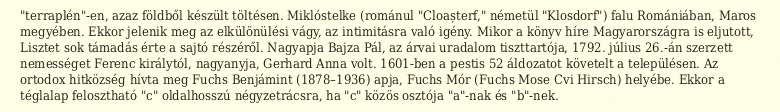
"terraplén"-en, azaz földből készült töltésen. Miklóstelke (románul "Cloașterf," németül "Klosdorf") falu Romániában, Maros megyében. Ekkor jelenik meg az elkülönülési vágy, az intimitásra való igény. Mikor a könyv híre Magyarországra is eljutott, Lisztet sok támadás érte a sajtó részéről. Nagyapja Bajza Pál, az árvai uradalom tiszttartója, 1792. július 26.-án szerzett nemességet Ferenc királytól, nagyanyja, Gerhard Anna volt. 1601-ben a pestis 52 áldozatot követelt a településen. Az ortodox hitközség hívta meg Fuchs Benjámint (1878–1936) apja, Fuchs Mór (Fuchs Mose Cvi Hirsch) helyébe. Ekkor a téglalap felosztható "c" oldalhosszú négyzetrácsra, ha "c" közös osztója "a"-nak és "b"-nek.